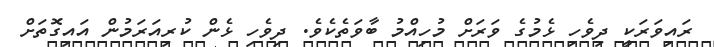
ރައިވަރަކީ ދިވެހި ޅެމުގެ ވަރަށް މުހިއްމު ބާވަތެކެވެ. ދިވެހި ޅެން ކުރިއަރަމުން އައިގޮތަށް